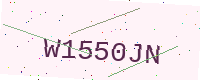
Text: W1550JN